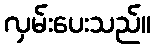
လှမ်းပေးသည်။